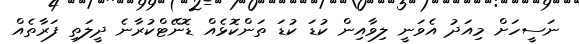
ނަސީހަށް މިއަދު އެވަނީ ލިވާއިން ކުޑަ ކުޑަ ތަންކޮޅެއް ޑޮނޭޓްކުރާނެ ދީލަތި ފަރާތެއް